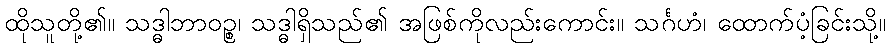
ထိုသူတို့၏။ သဒ္ဓါဘာဝဉ္စ၊ သဒ္ဓါရှိသည်၏ အဖြစ်ကိုလည်းကောင်း။ သင်္ဂဟံ၊ ထောက်ပံ့ခြင်းသို့။